Annual statistical returns and brief notes on vaccination in Bengal - 1909-1929
Year: 1909
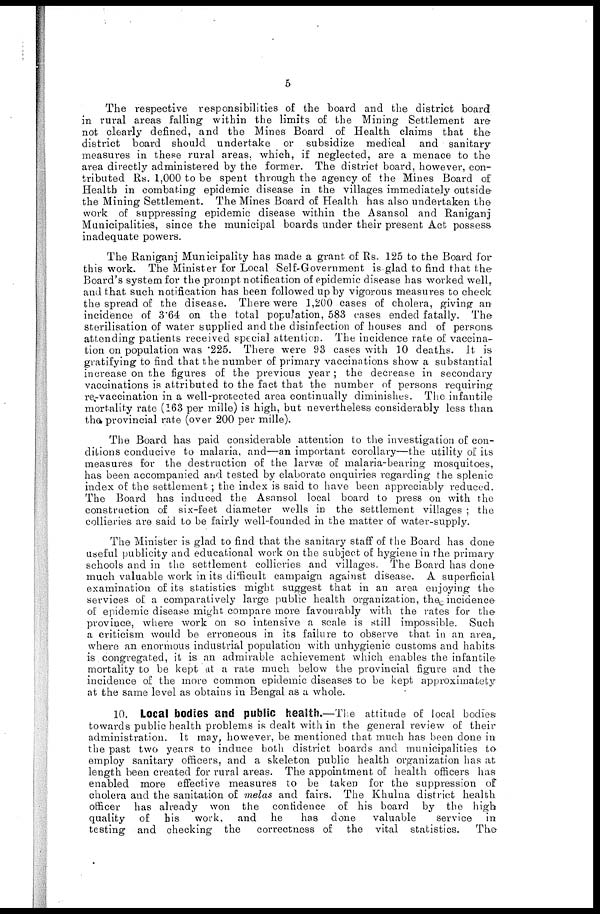
5
The respective responsibilities of the board and the district board
in rural areas falling within the limits of the Mining Settlement are
not clearly defined, and the Mines Board of Health claims that the
district board should undertake or subsidize medical and sanitary
measures in these rural areas, which, if neglected, are a menace to the
area directly administered by the former. The district board, however, con-
tributed Rs. 1,000 to be spent through the agency of the Mines Board of
Health in combating epidemic disease in the villages immediately outside
the Mining Settlement. The Mines Board of Health has also undertaken the
work of suppressing epidemic disease within the Asansol and Raniganj
Municipalities, since the municipal boards under their present Act possess
inadequate powers.
The Raniganj Municipality has made a grant of Rs. 125 to the Board for
this work. The Minister for Local Self-Government is glad to find that the
Board's system for the prompt notification of epidemic disease has worked well,
and that such notification has been followed up by vigorous measures to check
the spread of the disease. There were 1,200 cases of cholera, giving an
incidence of 3.64 on the total population, 583 cases ended fatally. The
sterilisation of water supplied and the disinfection of houses and of persons
attending patients received special attention. The incidence rate of vaccina-
tion on population was .225. There were 93 cases with 10 deaths. It is
gratifying to find that the number of primary vaccinations show a substantial
increase on the figures of the previous year; the decrease in secondary
vaccinations is attributed to the fact that the number of persons requiring
re-vaccination in a well-protected area continually diminishes. The infantile
mortality rate (163 per mille) is high, but nevertheless considerably less than
the provincial rate (over 200 per mille).
The Board has paid considerable attention to the investigation of con-
ditions conducive to malaria, and—an important corollary—the utility of its
measures for the destruction of the larvæ of malaria-bearing mosquitoes,
has been accompanied and tested by elaborate enquiries regarding the splenic
index of the settlement; the index is said to have been appreciably reduced.
The Board has induced the Asansol local board to press on with the
construction of six-feet diameter wells in the settlement villages ; the
collieries are said to be fairly well-founded in the matter of water-supply.
The Minister is glad to find that the sanitary staff of the Board has done
useful publicity and educational work on the subject of hygiene in the primary
schools and in the settlement collieries and villages. The Board has done
much valuable work in its difficult campaign against disease. A superficial
examination of its statistics might suggest that in an area enjoying the
services of a comparatively large public health organization, the incidence
of epidemic disease might compare more favourably with the rates for the
province, where work on so intensive a scale is still impossible. Such
a criticism would be erroneous in its failure to observe that in an area,
where an enormous industrial population with unhygienic customs and habits
is congregated, it is an admirable achievement which enables the infantile
mortality to be kept at a rate much below the provincial figure and the
incidence of the more common epidemic diseases to be kept approximatety
at the same level as obtains in Bengal as a whole.
10. Local bodies and public health.—The attitude of local bodies
towards public health problems is dealt with in the general review of their
administration. It may, however, be mentioned that much has been done in
the past two years to induce both district boards and municipalities to
employ sanitary officers, and a skeleton public health organization has at
length been created for rural areas. The appointment of health officers has
enabled more effective measures to be taken for the suppression of
cholera and the sanitation of melas and fairs. The Khulna district health
officer has already won the confidence of his board by the high
quality of his work, and he
has done valuable
service in
testing and checking the correctness of the vital statistics.
The